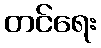
တင်ရေး